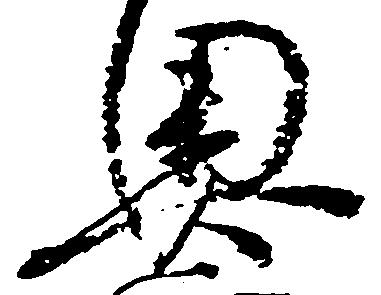
奥